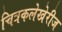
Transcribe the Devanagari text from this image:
चित्रकलेखेरीज